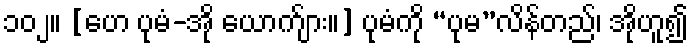
၁၀၂။ [ဟေ ပုမံ-အို ယောက်ျား။] ပုမံကို “ပုမ”လိန်တည်၊ အိုဟူ၍